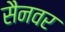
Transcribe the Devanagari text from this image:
सैनवर